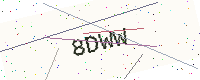
Text: 8DWW